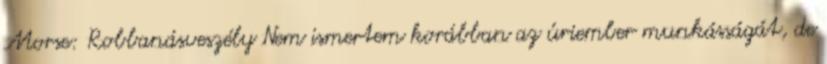
Morse: Robbanásveszély Nem ismertem korábban az úriember munkásságát, de